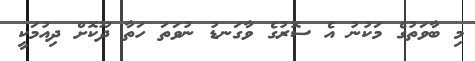
މި ބާވަތުގެ މަކުނު އެ ސޮރުގެ ވާގަނޑު ނުވަތަ ހަތާ ދޫކޮށް ދިއުމަކީ